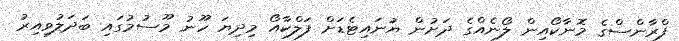
ފްރާންސްގެ މޮނާކޯއިން ލޯނެއްގެ ދަށުން ޔުނައިޓެޑަށް ފަލްކާއޯ މިދިޔަ ހޫނު މޫސުމުގައި ބަދަލުވިއިރު